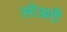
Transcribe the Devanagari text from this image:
लोअरी